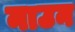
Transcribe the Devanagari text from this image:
नाउन